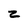
Character: z